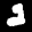
Label: 2